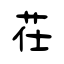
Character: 茌